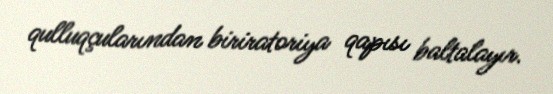
qulluqçularından biriratoriya qapısı baltalayır.